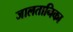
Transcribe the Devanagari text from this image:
जालतानिका